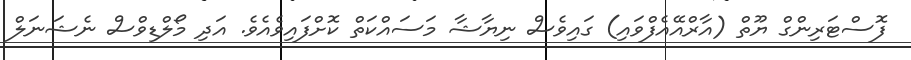
ފޮސްޓަރިންގް ޔޫތް (އާރްއޭއެފްވައި) ގައިވެސް ނިޔާޝާ މަސައްކަތް ކޮށްފައިވެއެވެ. އަދި މޯލްޑިވްސް ނެޝަނަލް